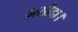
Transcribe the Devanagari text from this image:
मसौदा।